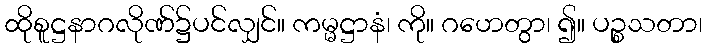
ထိုစူဋ္ဌနာဂလိုဏ်၌ပင်လျှင်။ ကမ္မဋ္ဌာနံ၊ ကို။ ဂဟေတွာ၊ ၍။ ပဉ္စသတာ၊